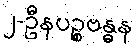
၂-ဦနပဉ္စဗန္ဓန